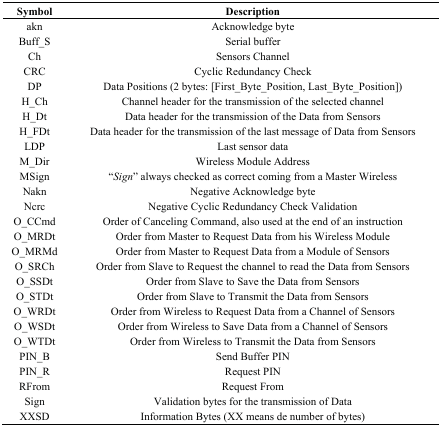
<table><thead><tr><td><b>Symbol</b></td><td><b>Description</b></td></tr></thead><tbody><tr><td>akn</td><td>Acknowledge byte</td></tr><tr><td>Buff_S</td><td>Serial buffer</td></tr><tr><td>Ch</td><td>Sensors Channel</td></tr><tr><td>CRC</td><td>Cyclic Redundancy Check</td></tr><tr><td>DP</td><td>Data Positions (2 bytes: [First_Byte_Position, Last_Byte_Position])</td></tr><tr><td>H_Ch</td><td>Channel header for the transmission of the selected channel</td></tr><tr><td>H_Dt</td><td>Data header for the transmission of the Data from Sensors</td></tr><tr><td>H_FDt</td><td>Data header for the transmission of the last message of Data from Sensors</td></tr><tr><td>LDP</td><td>Last sensor data</td></tr><tr><td>M_Dir</td><td>Wireless Module Address</td></tr><tr><td>MSign</td><td>“<i>Sign</i>” always checked as correct coming from a Master Wireless</td></tr><tr><td>Nakn</td><td>Negative Acknowledge byte</td></tr><tr><td>Ncrc</td><td>Negative Cyclic Redundancy Check Validation</td></tr><tr><td>O_CCmd</td><td>Order of Canceling Command, also used at the end of an instruction</td></tr><tr><td>O_MRDt</td><td>Order from Master to Request Data from his Wireless Module</td></tr><tr><td>O_MRMd</td><td>Order from Master to Request Data from a Module of Sensors</td></tr><tr><td>O_SRCh</td><td>Order from Slave to Request the channel to read the Data from Sensors</td></tr><tr><td>O_SSDt</td><td>Order from Slave to Save the Data from Sensors</td></tr><tr><td>O_STDt</td><td>Order from Slave to Transmit the Data from Sensors</td></tr><tr><td>O_WRDt</td><td>Order from Wireless to Request Data from a Channel of Sensors</td></tr><tr><td>O_WSDt</td><td>Order from Wireless to Save Data from a Channel of Sensors</td></tr><tr><td>O_WTDt</td><td>Order from Wireless to Transmit the Data from Sensors</td></tr><tr><td>PIN_B</td><td>Send Buffer PIN</td></tr><tr><td>PIN_R</td><td>Request PIN</td></tr><tr><td>RFrom</td><td>Request From</td></tr><tr><td>Sign</td><td>Validation bytes for the transmission of Data</td></tr><tr><td>XXSD</td><td>Information Bytes (XX means de number of bytes)</td></tr></tbody></table>